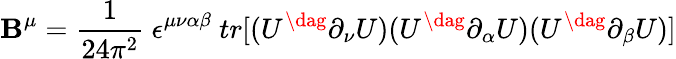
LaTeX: \mathbf{B}^{\mu}=\frac{{1}}{{24\pi^{2}}}~\epsilon^{\mu\nu\alpha\beta}~tr[(U^{\dag}\partial_{\nu}U)(U^{\dag}\partial_{\alpha}U)(U^{\dag}\partial_{\beta}U)]